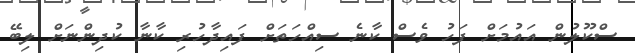
ސްކޫލުން އައުމަށް ފަހު ވެސް ކާނެ ސިއްހަތަށް ފައިދާހުރި ކާނާ ކުދިންނަށް ލިބޭ